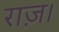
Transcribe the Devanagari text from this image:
राज़।